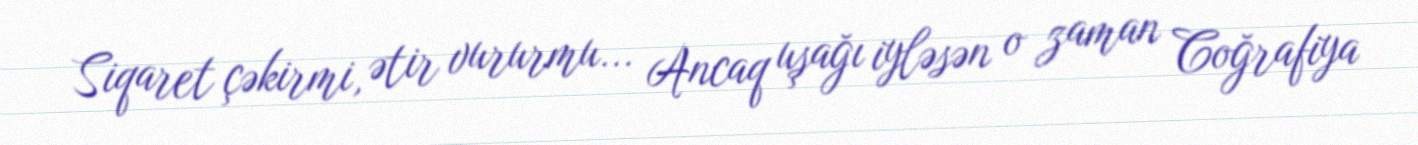
Siqaret çəkirmi, ətir vururmu... Ancaq uşağı iyləsən o zaman Coğrafiya